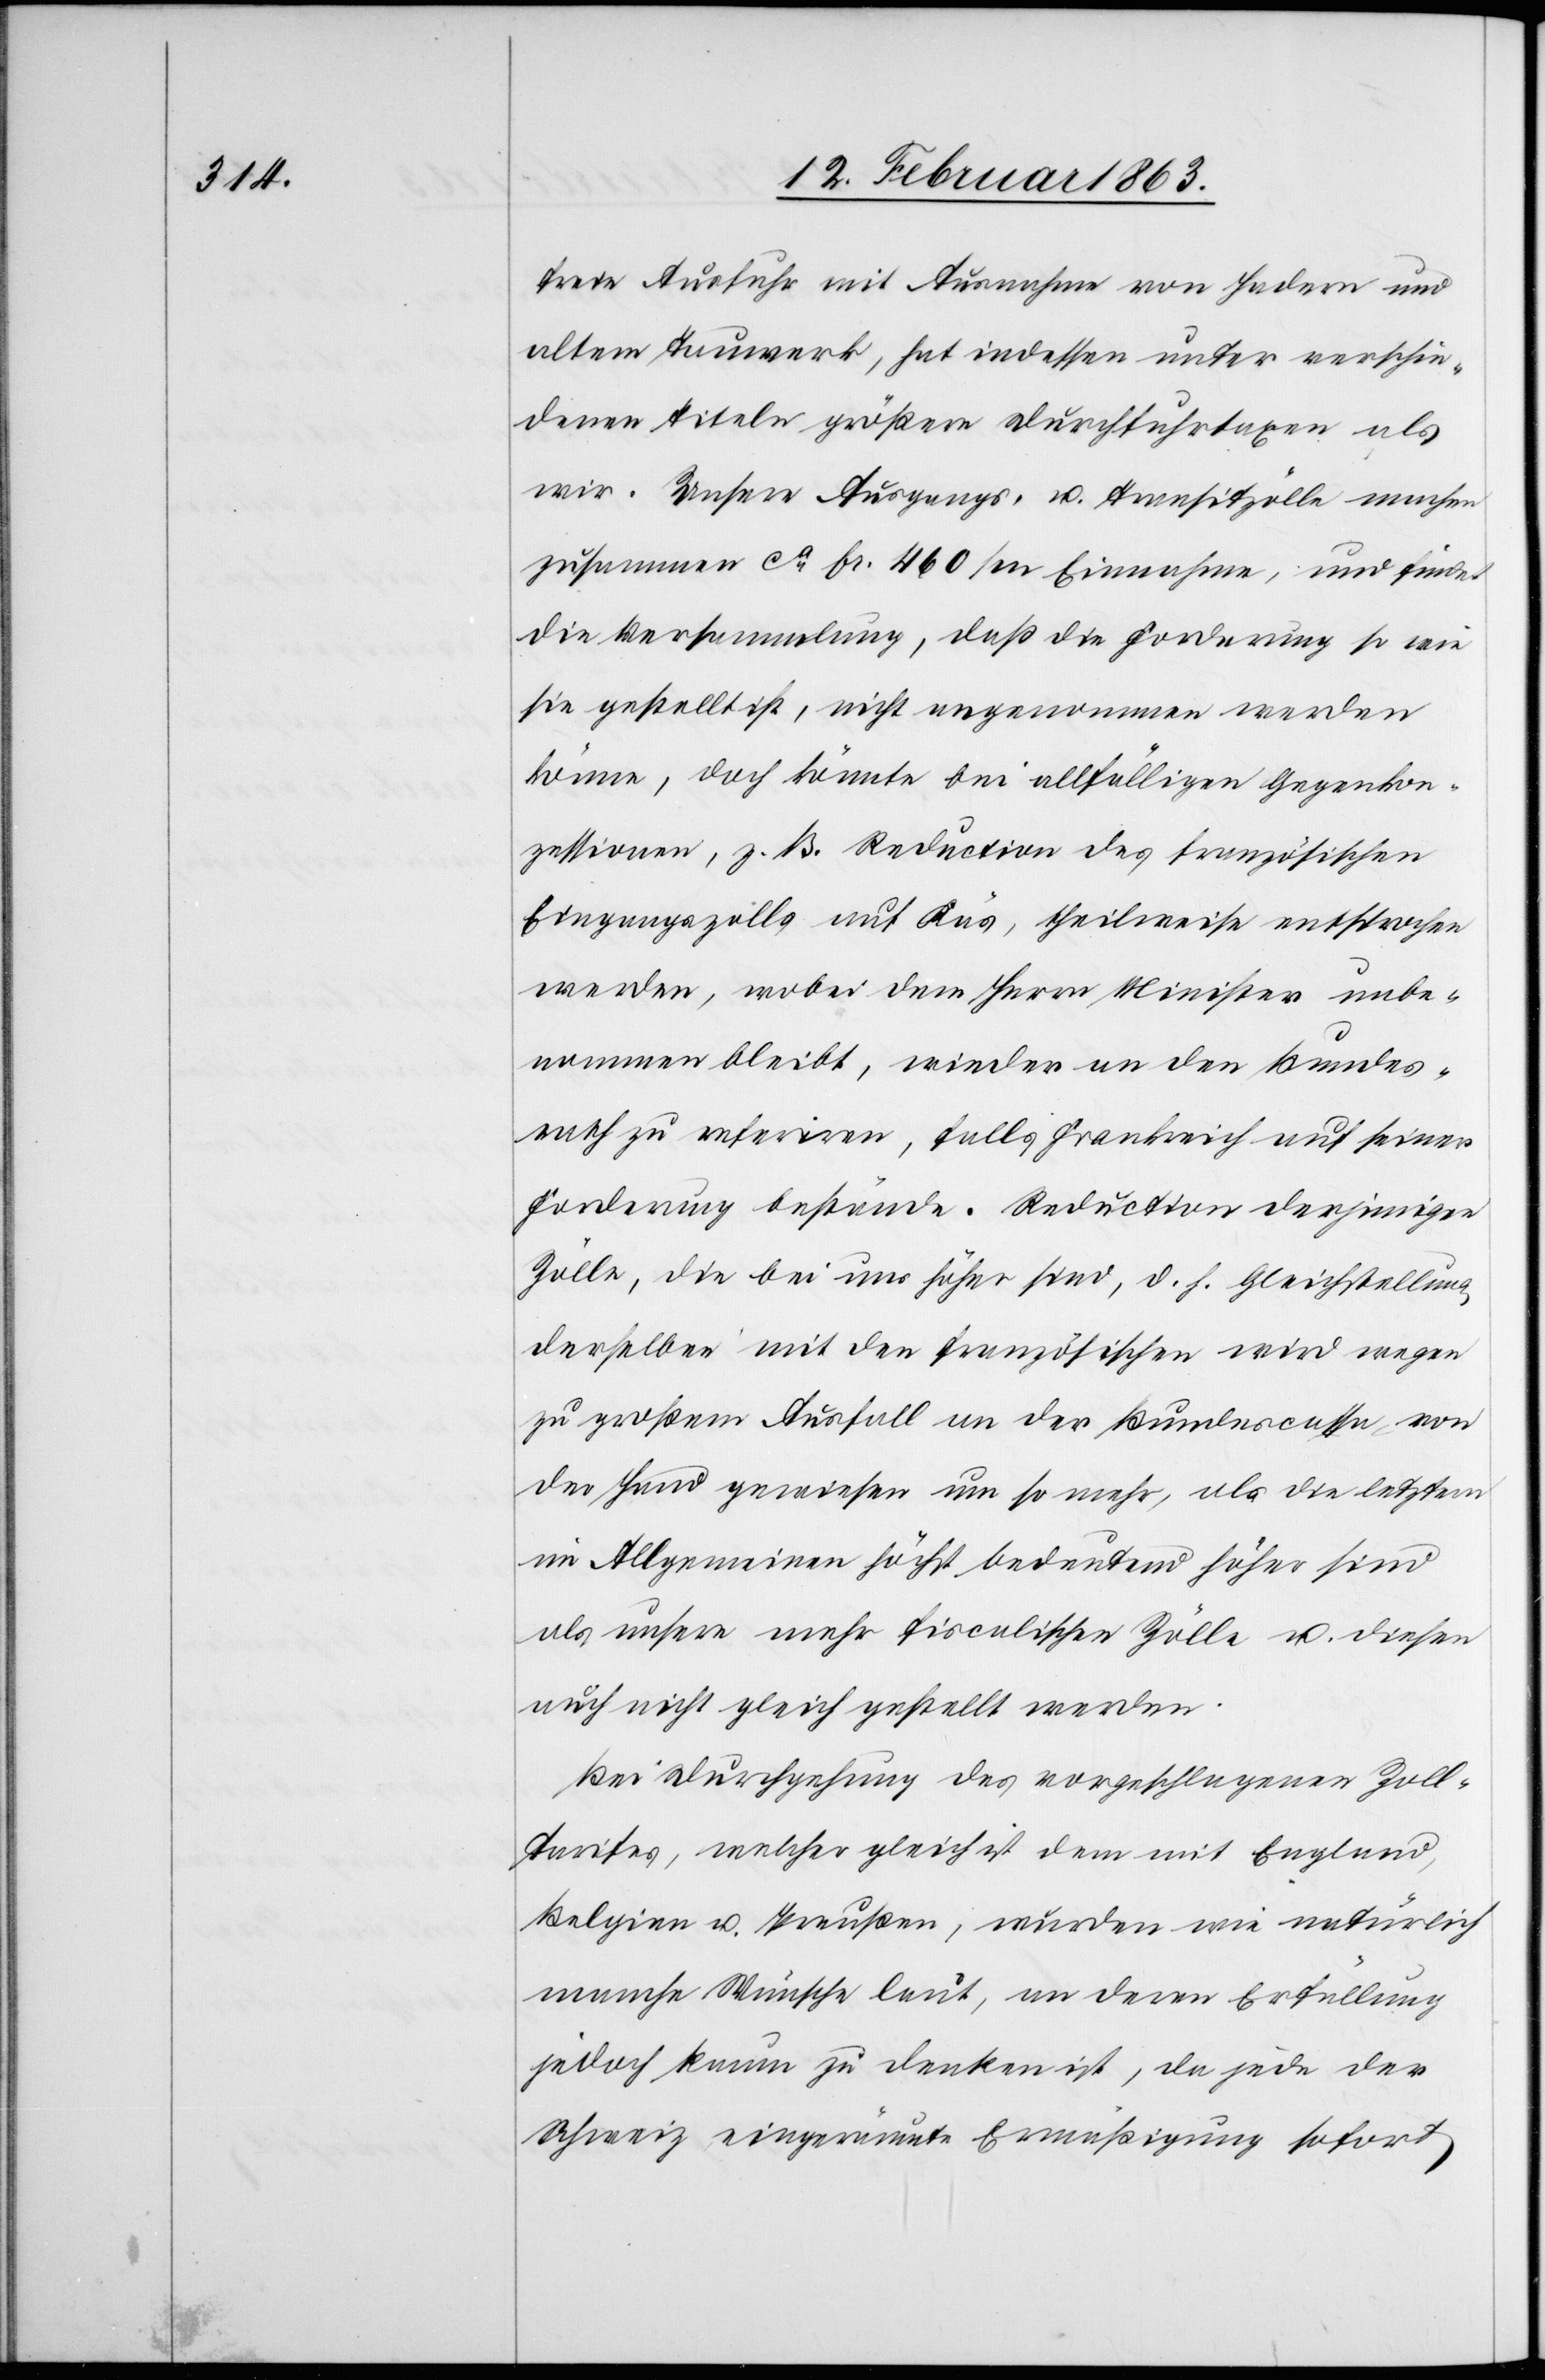
freie Ausfuhr mit Ausnahme von Hadern und
altem Tauwerk, hat indessen unter verschie¬
denen Titeln größere Durchfuhrtaxen als
wir. Unsere Ausgangs- u. Transitzölle machen
zusammen ca fr. 460 000 Einnahme, und findet
die Versammlung, daß die Forderung so wie
sie gestellt ist, nicht angenommen werden
könne, doch könnte bei allfälligen Gegenkon¬
zessionen, z. B. Reduction des französischen
Eingangszolls auf Käs, theilweise entsprochen
werden, wobei dem Herrn Minister unbe¬
nommen bleibt, wieder an den Bundes¬
rath zu referiren, falls Frankreich auf seiner
Forderung bestände. Reduction derjenigen
Zölle, die bei uns höher sind, d. h. Gleichstellung
derselben mit den französischen wird wegen
zu großem Ausfall an der Bundescasse von
der Hand gewiesen um so mehr, als die letztern
im Allgemeinen höchst bedeutend höher sind
als unsere mehr fiscalischen Zölle u. diesen
auch nicht gleich gestellt werden.
Bei Durchgehung des vorgeschlagenen Zoll¬
tarifes, welcher gleich ist dem mit England,
Belgien u. Preußen, wurden wie natürlich
manche Wünsche laut, an deren Erfüllung
jedoch kaum zu denken ist, da jede der
Schweiz eingeräumte Ermäßigung sofort